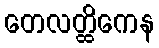
တေလတ္ထိကေန